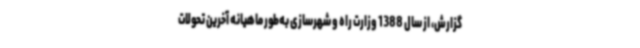
گزارش، از سال 1388 وزارت راه و شهرسازی به‌طور ماهیانه آخرین تحولات